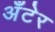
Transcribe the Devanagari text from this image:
अँटेर